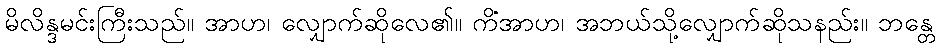
မိလိန္ဒမင်းကြီးသည်။ အာဟ၊ လျှောက်ဆိုလေ၏။ ကိံအာဟ၊ အဘယ်သို့လျှောက်ဆိုသနည်း။ ဘန္တေ